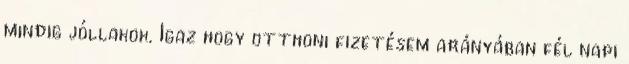
mindig jóllakok. Igaz hogy otthoni fizetésem arányában fél napi